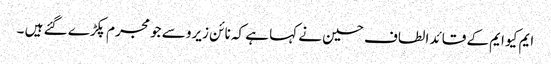
ایم کیو ایم کے قائد الطاف حسین نے کہا ہے کہ نائن زیرو سے جو مجرم پکڑے گئے ہیں ۔